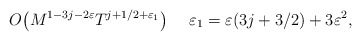
\begin{align*}O\big(M^{1-3j-2\varepsilon}T^{j+1/2+\varepsilon_1}\big)\ \ \ \ \varepsilon_1=\varepsilon(3j+3/2)+3\varepsilon^2,\end{align*}